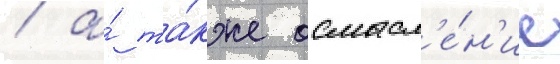
/ а́ та́кже осмысл'е́н'ие